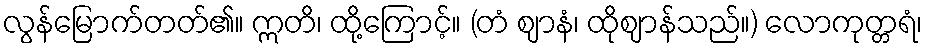
လွန်မြောက်တတ်၏။ ဣတိ၊ ထို့ကြောင့်။ (တံ ဈာနံ၊ ထိုဈာန်သည်။) လောကုတ္တရံ၊